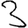
Digit: 3